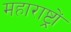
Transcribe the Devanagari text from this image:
महाराष्ट्रों